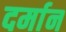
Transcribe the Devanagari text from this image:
दर्मान